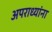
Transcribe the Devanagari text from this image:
अपराध्यांना